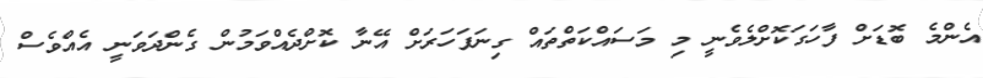
އެންމެ ބޮޑަށް ފާހަގަކޮށްލެވެނީ މި މަސައްކަތްތައް ގިނަފަހަރަށް އޭނާ ކޮށްދެއްވަމުން ގެންދަވަނީ އެއްވެސް